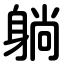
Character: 躺